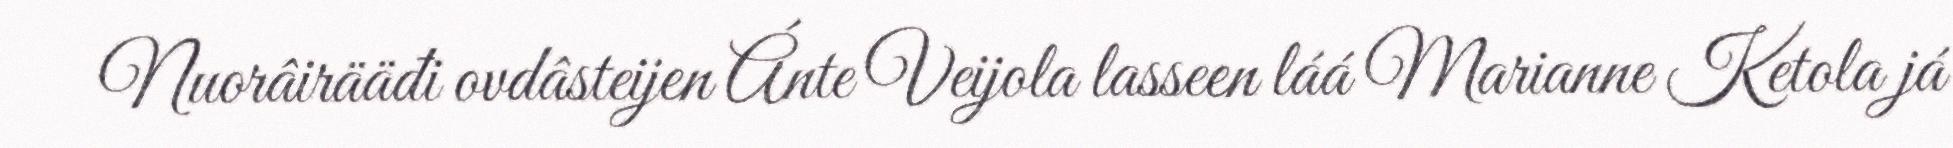
Nuorâirääđi ovdâsteijen Ánte Veijola lasseen láá Marianne Ketola já